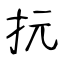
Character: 抏